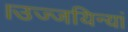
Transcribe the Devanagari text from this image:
।उज्जयिन्यां